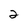
Character: 2